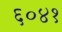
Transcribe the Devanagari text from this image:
६०४१